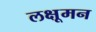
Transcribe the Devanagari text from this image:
लक्षूमन